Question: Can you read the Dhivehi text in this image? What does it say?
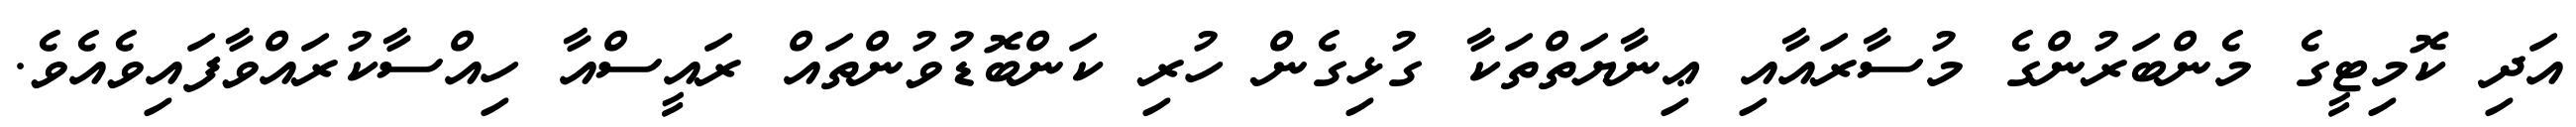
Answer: އަދި ކޮމިޓީގެ މެންބަރުންގެ މުސާރައާއި ޢިނާޔަތްތަކާ ގުޅިގެން ހުރި ކަންބޮޑުވުންތައް ރައީސްއާ ހިއްސާކުރައްވާފައިވެއެވެ.